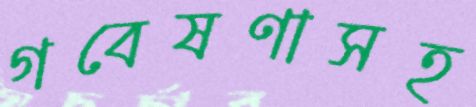
গবেষণাসহ